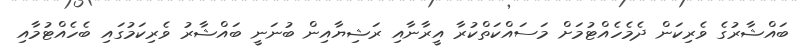
ބައްޝާރުގެ ވެރިކަން ދެމެހެއްޓުމަށް މަސައްކަތްކުރާ އީރާނާއި ރަޝިޔާއިން ބުނަނީ ބައްޝާރު ވެރިކަމުގައި ބެހެއްޓުމާއި